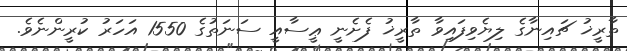
ތާރީޚު ޗައިނާގެ ލިޔެވިފައިވާ ތާރީޚު ފެށެނީ ޢީސާއީ ސަނަތުގެ 1550 އަހަރު ކުރީންނެވެ.